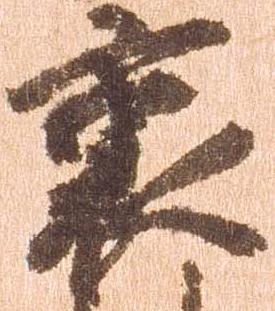
裏